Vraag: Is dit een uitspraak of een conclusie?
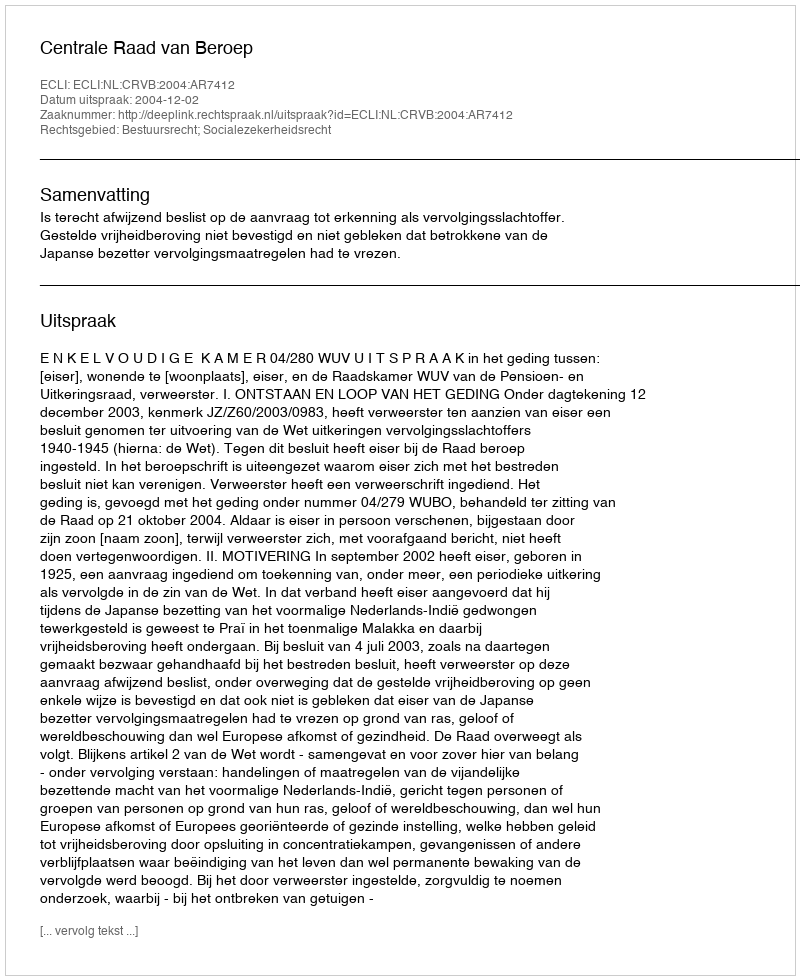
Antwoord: Uitspraak